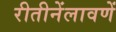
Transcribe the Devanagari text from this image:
रीतीनेंलावणें